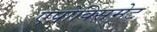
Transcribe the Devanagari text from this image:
एप्रोक्सिमेट